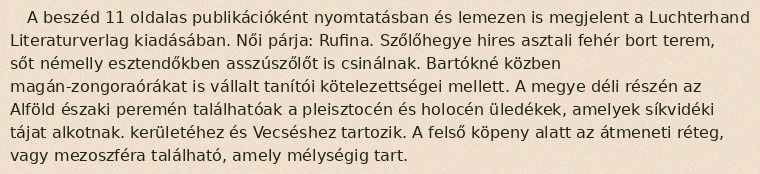
A beszéd 11 oldalas publikációként nyomtatásban és lemezen is megjelent a Luchterhand Literaturverlag kiadásában. Női párja: Rufina. Szőlőhegye hires asztali fehér bort terem, sőt némelly esztendőkben asszúszőlőt is csinálnak. Bartókné közben magán-zongoraórákat is vállalt tanítói kötelezettségei mellett. A megye déli részén az Alföld északi peremén találhatóak a pleisztocén és holocén üledékek, amelyek síkvidéki tájat alkotnak. kerületéhez és Vecséshez tartozik. A felső köpeny alatt az átmeneti réteg, vagy mezoszféra található, amely mélységig tart.